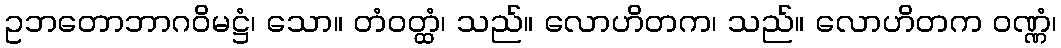
ဥဘတောဘာဂဝိမဋ္ဌံ၊ သော။ တံဝတ္ထံ၊ သည်။ လောဟိတက၊ သည်။ လောဟိတက ဝဏ္ဏံ၊